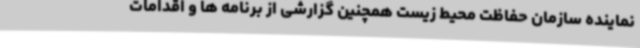
نماینده سازمان حفاظت محیط زیست همچنین گزارشی از برنامه ها و اقدامات